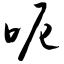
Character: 呃